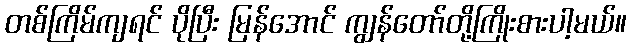
တစ်ကြိမ်ကျရင် ပိုပြီး မြန်အောင် ကျွန်တော်တို့ကြိုးစားပါ့မယ်။